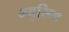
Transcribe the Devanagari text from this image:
म्युसिम